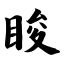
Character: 睃